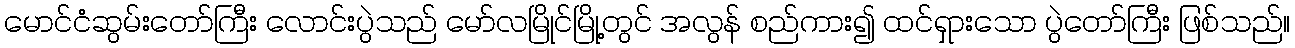
မောင်ငံဆွမ်းတော်ကြီး လောင်းပွဲသည် မော်လမြိုင်မြို့တွင် အလွန် စည်ကား၍ ထင်ရှားသော ပွဲတော်ကြီး ဖြစ်သည်။